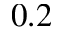
0 . 2